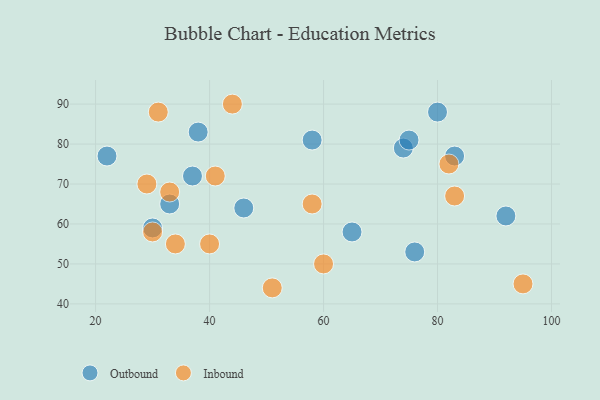
{"axis": {"x": "GDP", "y": "Life Expectancy"}, "legend": ["Inbound", "Outbound"], "data": [{"x": "76", "y": 53, "type": "Outbound"}, {"x": "65", "y": 58, "type": "Outbound"}, {"x": "38", "y": 83, "type": "Outbound"}, {"x": "33", "y": 65, "type": "Outbound"}, {"x": "30", "y": 59, "type": "Outbound"}, {"x": "92", "y": 62, "type": "Outbound"}, {"x": "22", "y": 77, "type": "Outbound"}, {"x": "58", "y": 81, "type": "Outbound"}, {"x": "83", "y": 77, "type": "Outbound"}, {"x": "37", "y": 72, "type": "Outbound"}, {"x": "46", "y": 64, "type": "Outbound"}, {"x": "80", "y": 88, "type": "Outbound"}, {"x": "74", "y": 79, "type": "Outbound"}, {"x": "75", "y": 81, "type": "Outbound"}, {"x": "58", "y": 65, "type": "Inbound"}, {"x": "31", "y": 88, "type": "Inbound"}, {"x": "29", "y": 70, "type": "Inbound"}, {"x": "83", "y": 67, "type": "Inbound"}, {"x": "51", "y": 44, "type": "Inbound"}, {"x": "60", "y": 50, "type": "Inbound"}, {"x": "34", "y": 55, "type": "Inbound"}, {"x": "44", "y": 90, "type": "Inbound"}, {"x": "82", "y": 75, "type": "Inbound"}, {"x": "41", "y": 72, "type": "Inbound"}, {"x": "40", "y": 55, "type": "Inbound"}, {"x": "33", "y": 68, "type": "Inbound"}, {"x": "30", "y": 58, "type": "Inbound"}, {"x": "95", "y": 45, "type": "Inbound"}]}